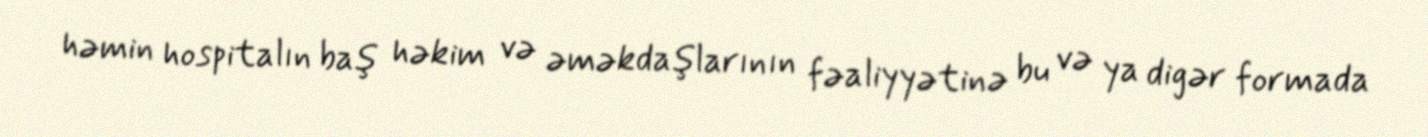
həmin hospitalın baş həkim və əməkdaşlarının fəaliyyətinə bu və ya digər formada